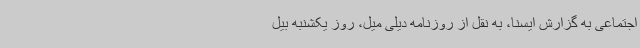
اجتماعی به گزارش ایسنا، به نقل از روزنامه دیلی میل، روز یکشنبه بیل